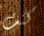
كنت